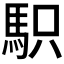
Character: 𩢢